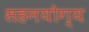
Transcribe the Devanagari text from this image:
सहनयोग्य